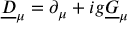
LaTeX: \underline { { { D } } } _ { \mu } = \partial _ { \mu } + i g \underline { { { G } } } _ { \mu }